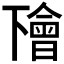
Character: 𠁚